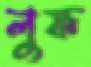
লুফ